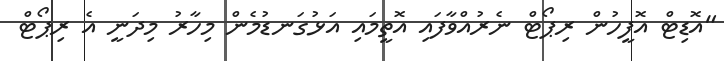
"އޮޑިޓް އޮފީހުން ރިޕޯޓް ނެރުއްވާފައި އޮތީމައި އަޅުގަނޑުމެން މިހާރު މިދަނީ އެ ރިޕޯޓް